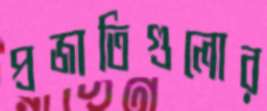
প্রজাতিগুলোর